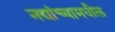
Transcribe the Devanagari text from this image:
नद्यांच्यामधील